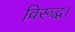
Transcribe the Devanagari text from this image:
विरूद्ध।